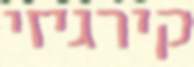
קירגיזי